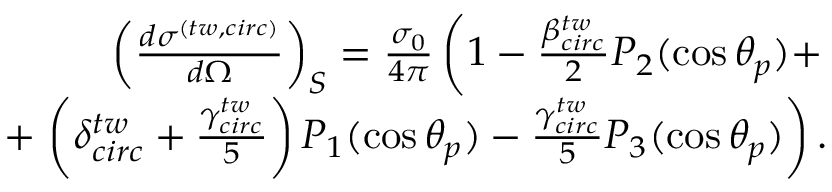
\begin{array} { r } { \left( \frac { d \sigma ^ { ( t w , c i r c ) } } { d \Omega } \right) _ { S } = \frac { \sigma _ { 0 } } { 4 \pi } \left( 1 - \frac { \beta _ { c i r c } ^ { t w } } { 2 } P _ { 2 } ( \cos \theta _ { p } ) + \right. } \\ { + \left. \left( \delta _ { c i r c } ^ { t w } + \frac { \gamma _ { c i r c } ^ { t w } } { 5 } \right) P _ { 1 } ( \cos \theta _ { p } ) - \frac { \gamma _ { c i r c } ^ { t w } } { 5 } P _ { 3 } ( \cos \theta _ { p } ) \right) . } \end{array}